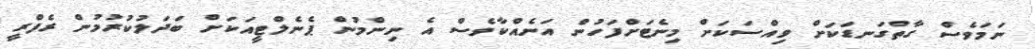
ނަމަވެސް ގާތްގަނޑަކަށް ވިއްސަކަށް މިނެޓަށްފަހުން އަނެއްކާވެސް އެ ނިންމުން ޕެނެލްޓީއަކަށް ބަދަލުކުރުމުން ރެފްރީ